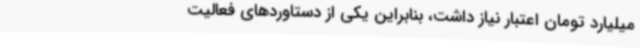
میلیارد تومان اعتبار نیاز داشت، بنابراین یکی از دستاوردهای فعالیت